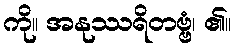
ကို။ အနုဿရိတဗ္ဗံ၊ ၏။